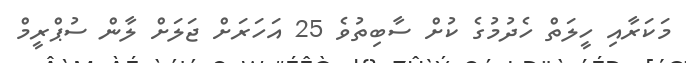
މަކަރާއި ހީލަތް ހެދުމުގެ ކުށް ސާބިތުވެ 25 އަހަރަށް ޖަލަށް ލާން ސުޕްރީމް